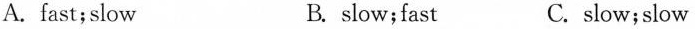
A.fast;slow B. slow;fast C. slow;slow